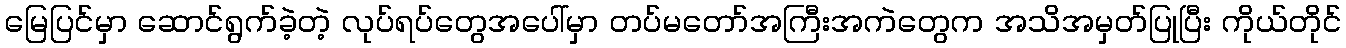
မြေပြင်မှာ ဆောင်ရွက်ခဲ့တဲ့ လုပ်ရပ်တွေအပေါ်မှာ တပ်မတော်အကြီးအကဲတွေက အသိအမှတ်ပြုပြီး ကိုယ်တိုင်